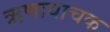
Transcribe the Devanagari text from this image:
ऋणायाचक